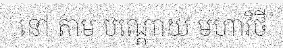
នៅ តាម បណ្តោយ មហាវិថី